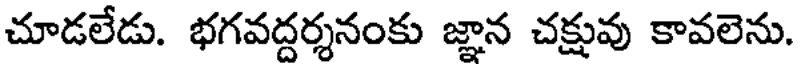
చూడలేడు. భగవద్దర్శనంకు జ్ఞాన చక్షువు కావలెను.